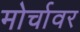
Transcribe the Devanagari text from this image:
मोर्चावर